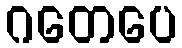
ဂတေပေ